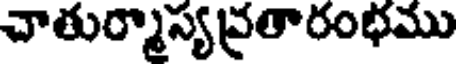
చాతుర్మాస్యవ్రతారంభము